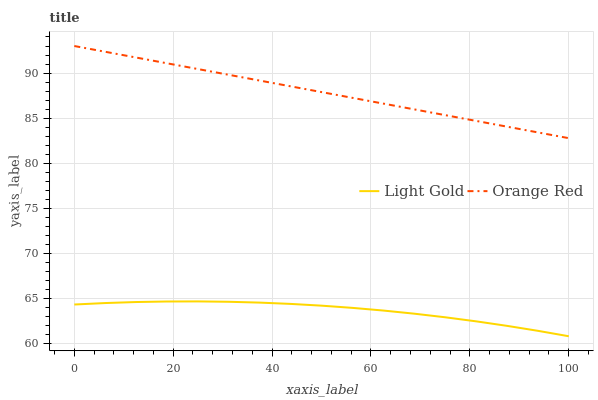
| xaxis_label | Light Gold | Orange Red |
 | --- | --- | --- |
 | 0 | 64.3 | 93 |
 | 6.25 | 64.5 | 92.4 |
 | 12.5 | 64.6 | 91.7 |
 | 18.8 | 64.7 | 91.1 |
 | 25 | 64.7 | 90.4 |
 | 31.2 | 64.6 | 89.8 |
 | 37.5 | 64.5 | 89.2 |
 | 43.8 | 64.4 | 88.5 |
 | 50 | 64.2 | 87.9 |
 | 56.2 | 63.9 | 87.2 |
 | 62.5 | 63.7 | 86.6 |
 | 68.8 | 63.3 | 86 |
 | 75 | 62.9 | 85.3 |
 | 81.2 | 62.5 | 84.7 |
 | 87.5 | 62 | 84.1 |
 | 93.8 | 61.4 | 83.4 |
 | 100 | 60.8 | 82.8 |